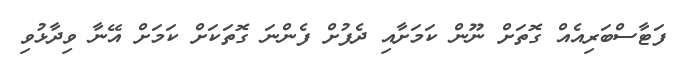
ފަޓާސްބަރިއެއް ގޮތަށް ނޫން ކަމަށާއި ދެފުށް ފެންނަ ގޮތަކަށް ކަމަށް އޭނާ ވިދާޅުވި